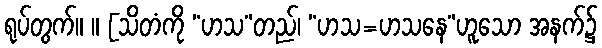
ရုပ်တွက်။ ။ [သိတံကို “ဟသ”တည်၊ “ဟသ=ဟသနေ”ဟူသော အနက်၌